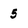
Character: 5